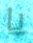
يا